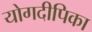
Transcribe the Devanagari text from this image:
योगदीपिका